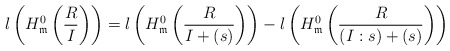
\begin{align*}l\left( H_{\mathfrak{m}}^0\left(\frac{R}{I}\right)\right) = l\left(H_{\mathfrak{m}}^0\left(\frac{R}{I+(s)}\right)\right)-l\left(H_{\mathfrak{m}}^0\left(\frac{R}{(I:s)+(s)}\right)\right)\end{align*}